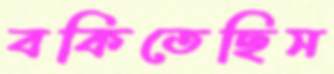
বকিতেছিস